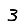
Digit: 3